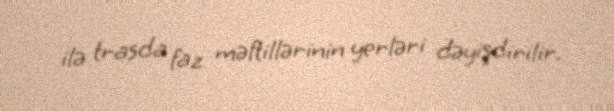
ilə trasda faz məftillərinin yerləri dəyişdirilir.